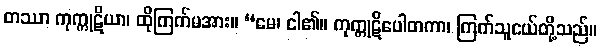
တဿာ ကုက္ကုဋိယာ၊ ထိုကြက်မအား။ “မေ၊ ငါ၏။ ကုက္ကုဋိပေါတကာ၊ ကြက်သူငယ်တို့သည်။